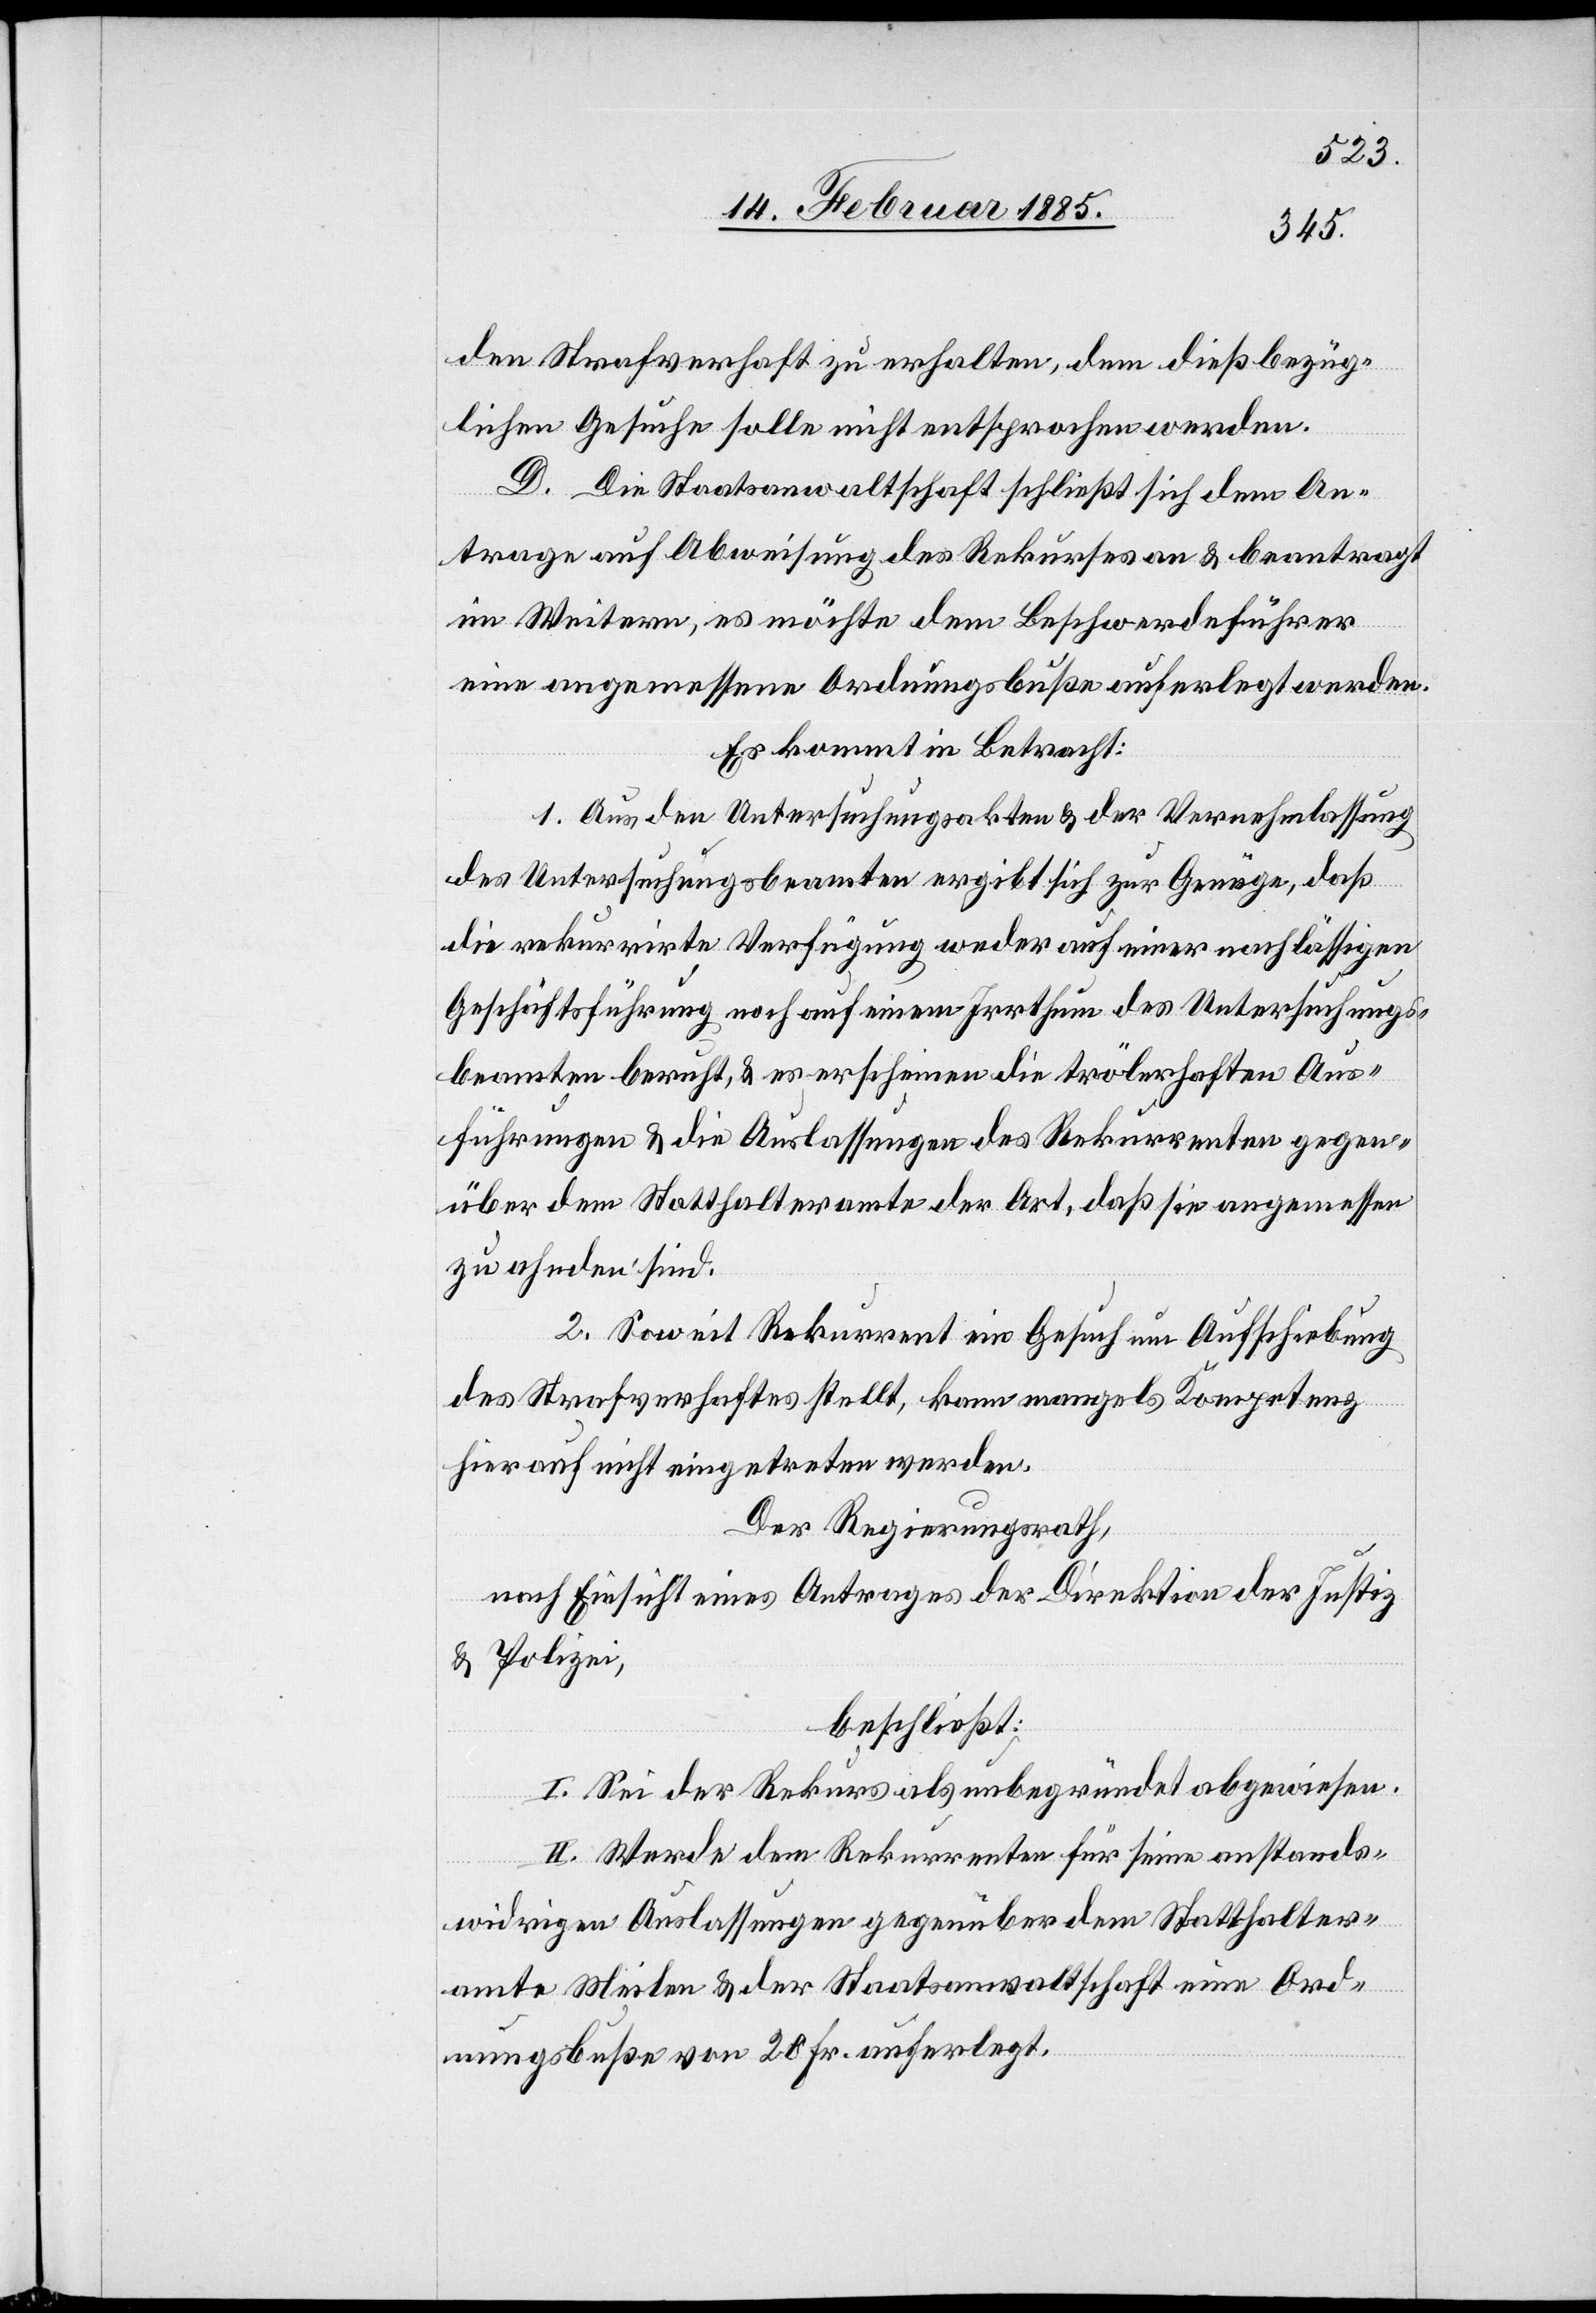
den Strafverhaft zu erhalten, dem dießbezüg¬
lichen Gesuche solle nicht entsprochen werden.
D. Die Staatsanwaltschaft schließt sich dem An¬
trage auf Abweisung des Rekurses an & beantragt
im Weitern, es möchte dem Beschwerdeführer
eine angemessene Ordnungsbuße auferlegt werden.
Es kommt in Betracht:
1. Aus den Untersuchungsakten & der Vernehmlassung
des Untersuchungsbeamten ergibt sich zur Genüge, daß
die rekurrirte Verfügung weder auf einer nachlässigen
Geschäftsführung noch auf einem Irrthum des Untersuchungs¬
beamten beruht, & es erscheinen die trölerhaften Aus¬
führungen & die Auslassungen des Rekurrenten gegen¬
über dem Statthalteramte der Art, das sie angemessen
zu ahnden sind.
2. Soweit Rekurrent ein Gesuch um Aufschiebung
des Strafverhaftes stellt, kann mangels Kompetenz
hierauf nicht eingetreten werden.
Der Regierungsrath,
nach Einsicht eines Antrages der Direktion der Justiz
& Polizei,
beschließt:
I. Sei der Rekurs als unbegründet abgewiesen.
II. Werde dem Rekurrenten für seine anstands¬
widrigen Auslassungen gegenüber dem Statthalter¬
amte Meilen & der Staatsanwaltschaft eine Ord¬
nungsbuße von 20 Fr. auferlegt.